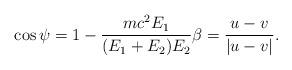
LaTeX: \begin{align*}\cos\psi=1-\frac{mc^2E_1}{(E_1+E_2)E_2} \beta=\frac{u-v}{|u-v|}.\end{align*}